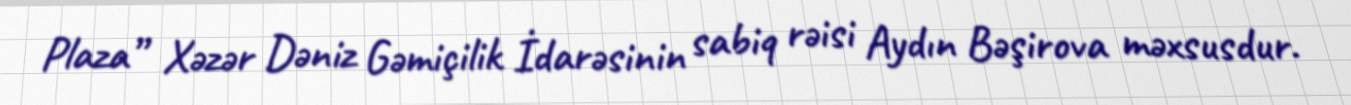
Plaza” Xəzər Dəniz Gəmiçilik İdarəsinin sabiq rəisi Aydın Bəşirova məxsusdur.